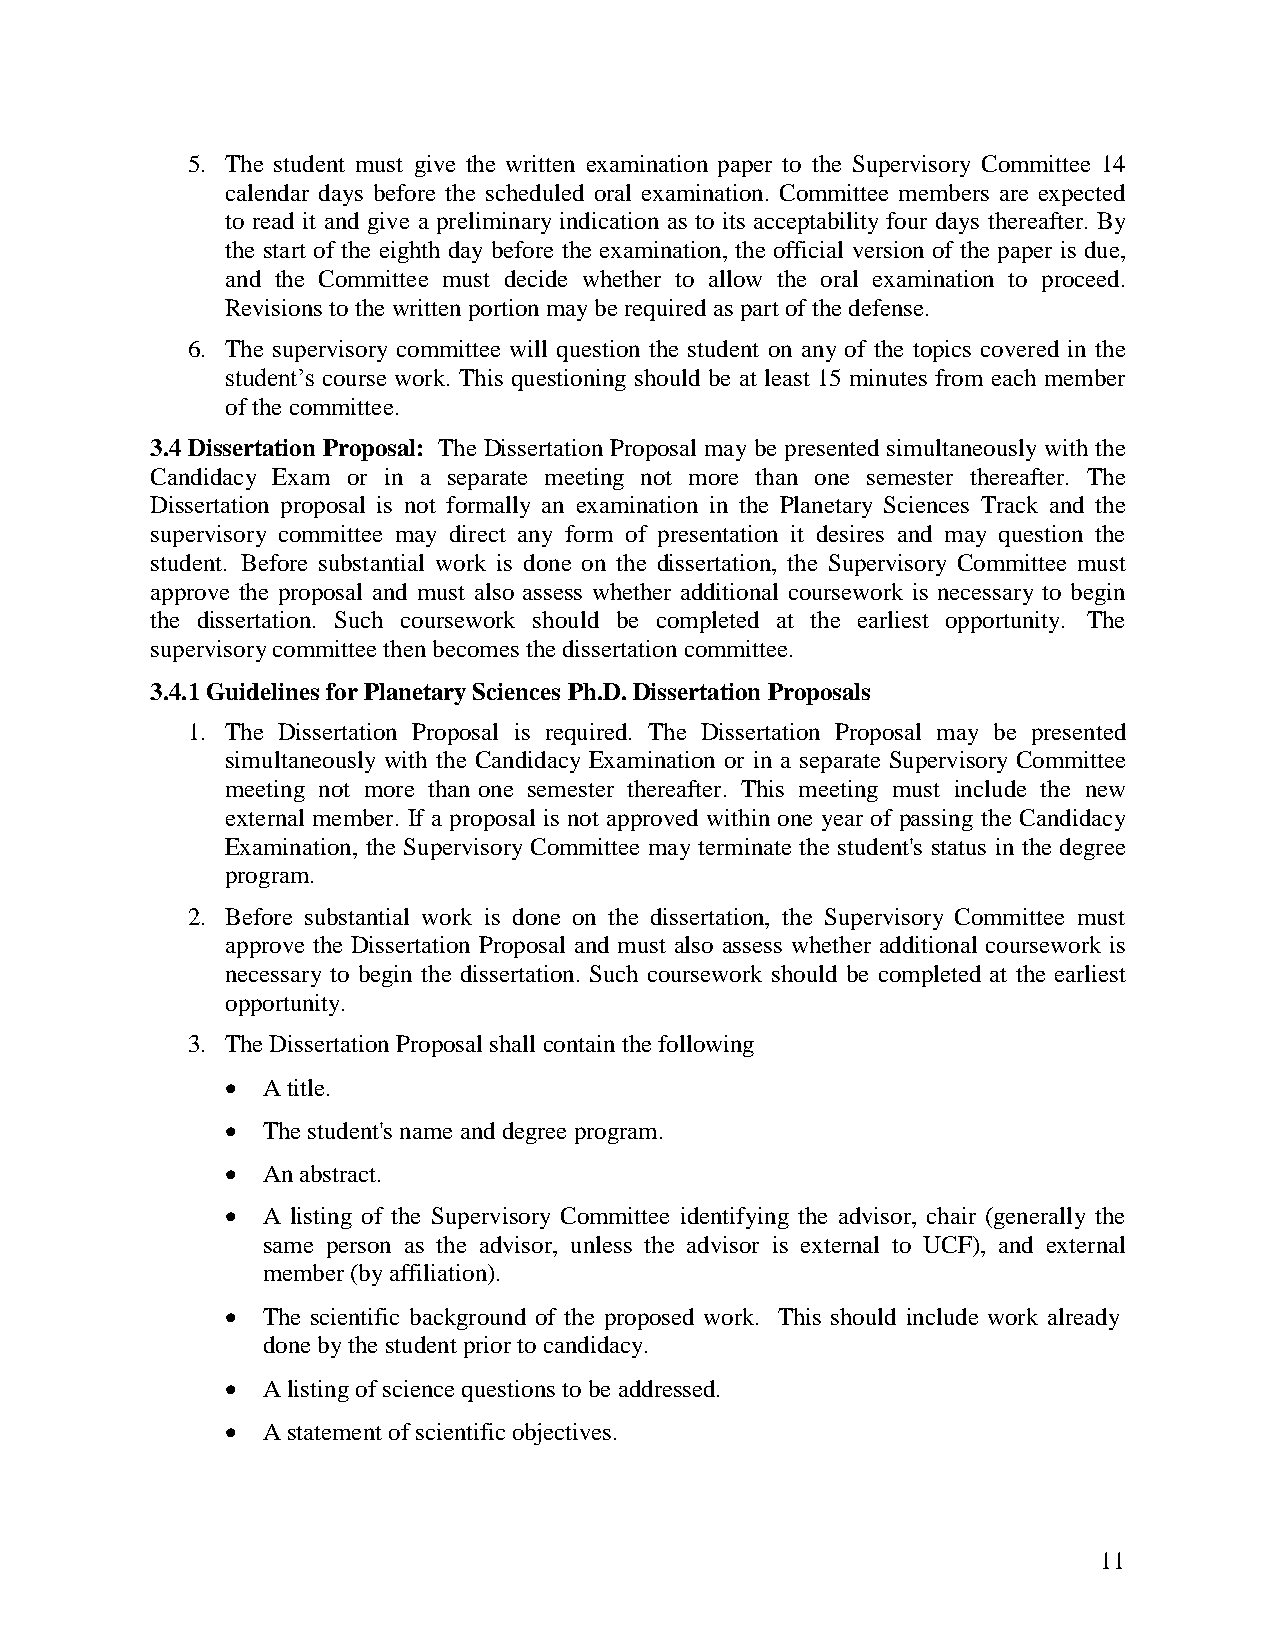
5. The student must give the written examination paper to the Supervisory Committee 14
 calendar days before the scheduled oral examination. Committee members are expected
 to read it and give a preliminary indication as to its acceptability four days thereafter. By
 the start of the eighth day before the examination, the official version of the paper is due,
 and the Committee must decide whether to allow the oral examination to proceed.
 Revisions to the written portion may be required as part of the defense.
 6. The supervisory committee will question the student on any of the topics covered in the
 student’s course work. This questioning should be at least 15 minutes from each member
 of the committee.
 3.4 Dissertation Proposal: The Dissertation Proposal may be presented simultaneously with the
 Candidacy Exam or in a separate meeting not more than one semester thereafter. The
 Dissertation proposal is not formally an examination in the Planetary Sciences Track and the
 supervisory committee may direct any form of presentation it desires and may question the
 student. Before substantial work is done on the dissertation, the Supervisory Committee must
 approve the proposal and must also assess whether additional coursework is necessary to begin
 the dissertation. Such coursework should be completed at the earliest opportunity. The
 supervisory committee then becomes the dissertation committee.
 3.4.1 Guidelines for Planetary Sciences Ph.D. Dissertation Proposals
 1. The Dissertation Proposal is required. The Dissertation Proposal may be presented
 simultaneously with the Candidacy Examination or in a separate Supervisory Committee
 meeting not more than one semester thereafter. This meeting must include the new
 external member. If a proposal is not approved within one year of passing the Candidacy
 Examination, the Supervisory Committee may terminate the student's status in the degree
 program.
 2. Before substantial work is done on the dissertation, the Supervisory Committee must
 approve the Dissertation Proposal and must also assess whether additional coursework is
 necessary to begin the dissertation. Such coursework should be completed at the earliest
 opportunity.
 3. The Dissertation Proposal shall contain the following
  A title.
  The student's name and degree program.
  An abstract.
  A listing of the Supervisory Committee identifying the advisor, chair (generally the
 same person as the advisor, unless the advisor is external to UCF), and external
 member (by affiliation).
  The scientific background of the proposed work. This should include work already
 done by the student prior to candidacy.
  A listing of science questions to be addressed.
  A statement of scientific objectives.
 11